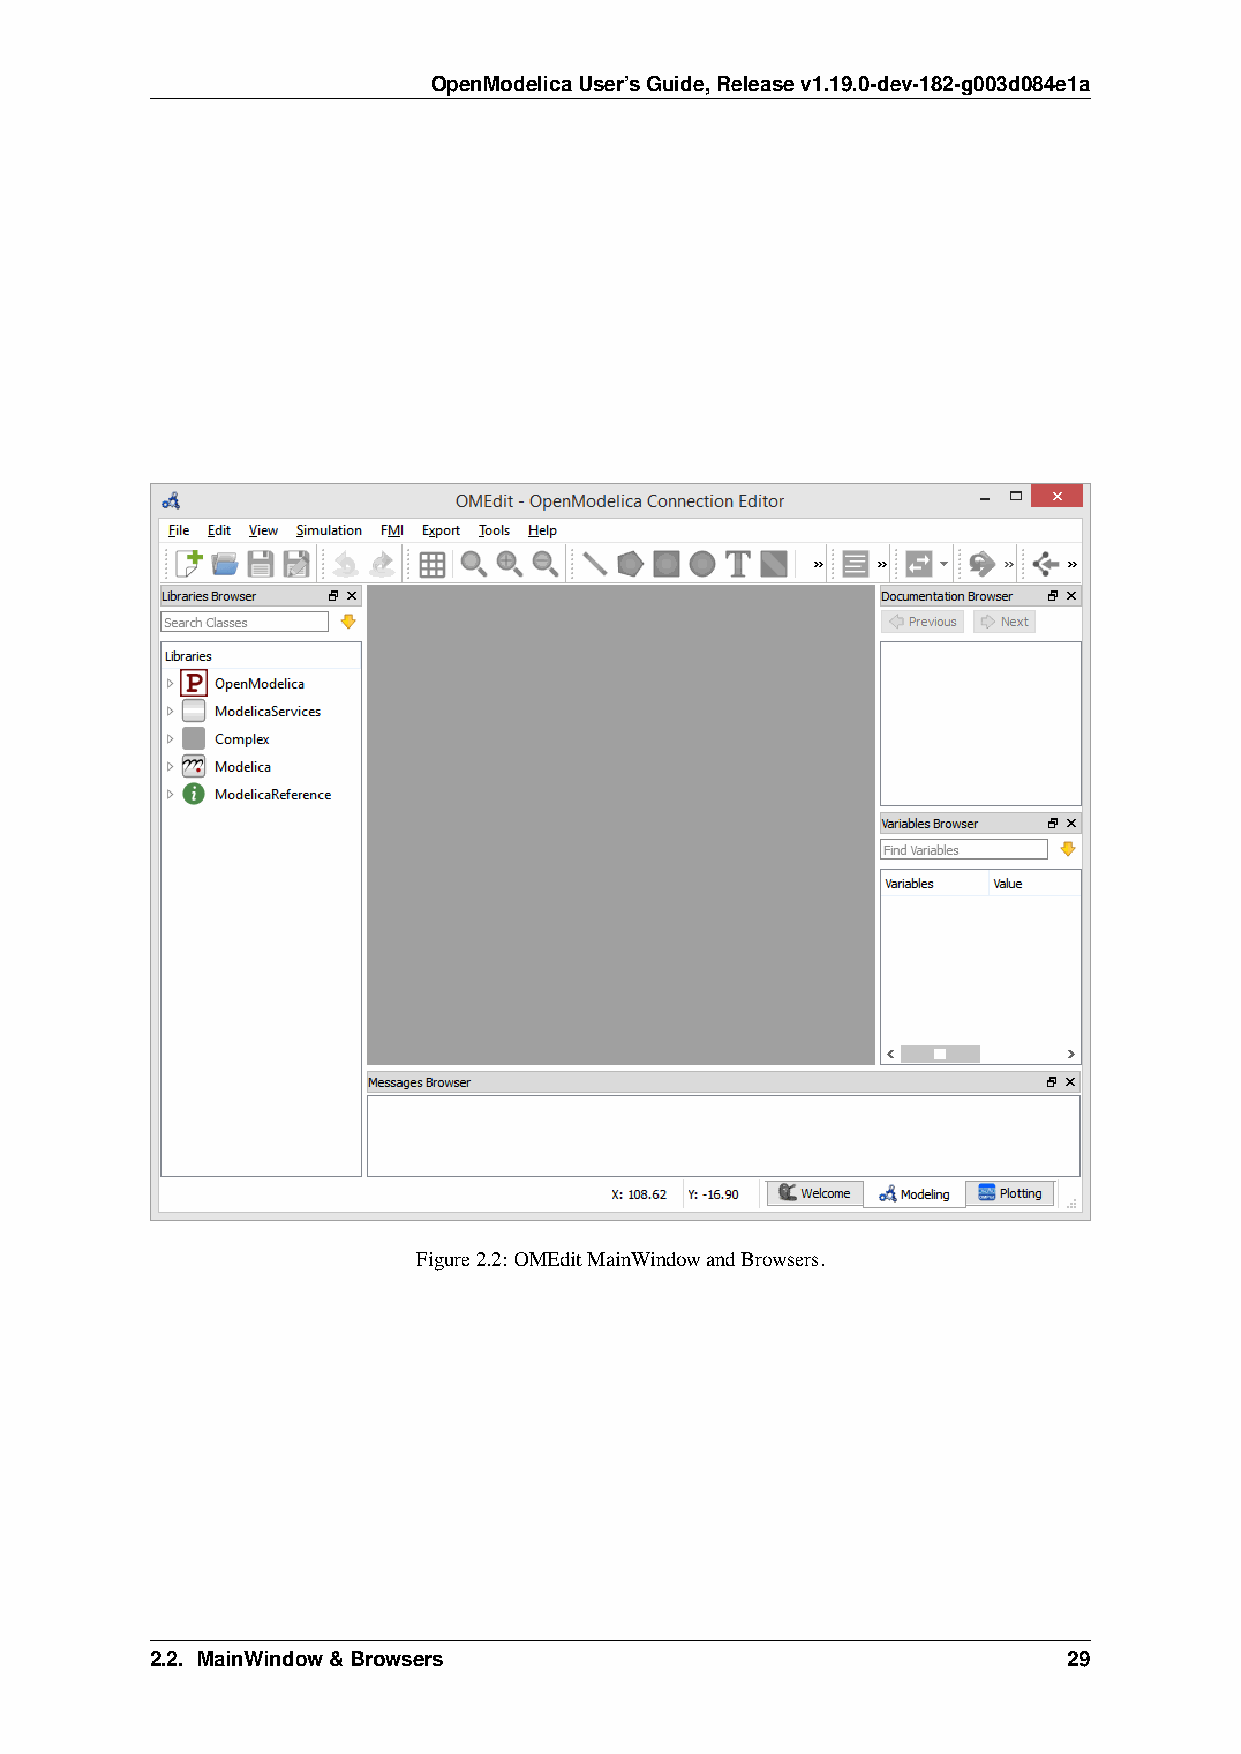
OpenModelicaUser’sGuide,Releasev1.19.0-dev-182-g003d084e1a
 Figure2.2: OMEditMainWindowandBrowsers.
 2.2. MainWindow&Browsers                                     29